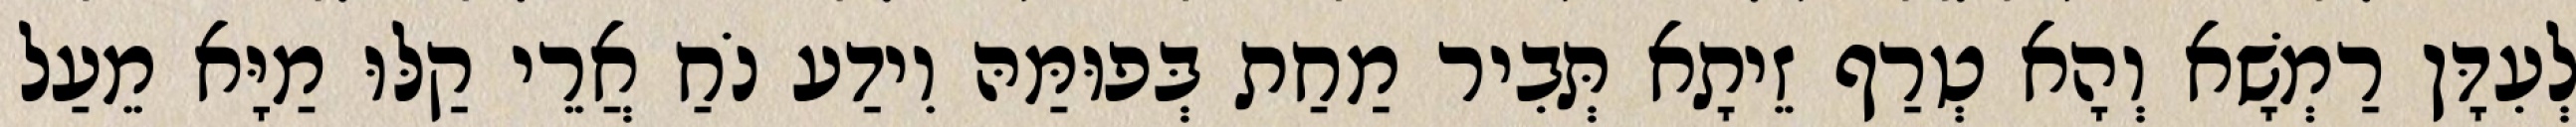
לְעִדָּן רַמְשָׁא וְהָא טְרַף זֵיתָא תְּבִיר מַחַת בְּפוּמַּהּ וִידַע נֹחַ אֲרֵי קַלּוּ מַיָּא מֵעַל